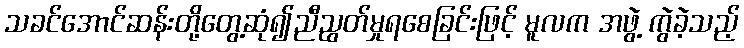
သခင်အောင်ဆန်းတို့တွေ့ဆုံ၍ညီညွတ်မှုရစေခြင်းဖြင့် မူလက အဖွဲ့ ကွဲခဲ့သည့်